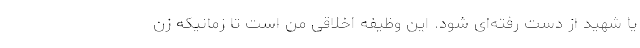
یا شهید از دست رفته‌ای شود. این وظیفه اخلاقی من است تا زمانیکه زن